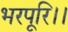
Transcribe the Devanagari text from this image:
भरपूरि।।